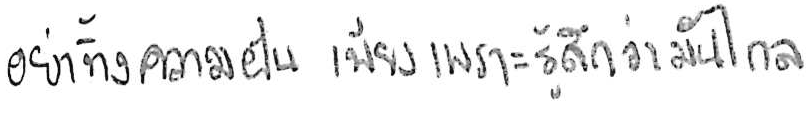
อย่าทิ้งความฝัน เพียงเพราะรู้สึกว่ามันไกล